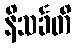
နိသင်္ခတိ